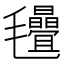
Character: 𣱁